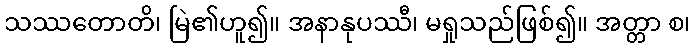
သဿတောတိ၊ မြဲ၏ဟူ၍။ အနာနုပဿီ၊ မရှုသည်ဖြစ်၍။ အတ္တာ စ၊